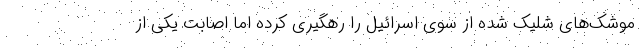
موشک‌های شلیک شده از سوی اسرائیل را رهگیری کرده اما اصابت یکی از